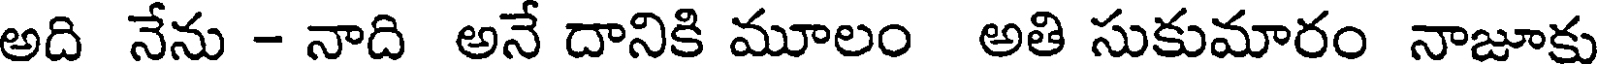
అది నేను - నాది అనే దానికి మూలం అతి సుకుమారం నాజూకు